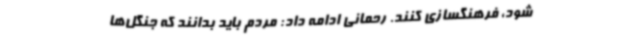
شود، فرهنگسازی کنند. رحمانی ادامه داد:‌ مردم باید بدانند که جنگل‌ها